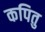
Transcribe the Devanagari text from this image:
कपितु